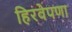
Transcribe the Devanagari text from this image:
हिरवेपणा